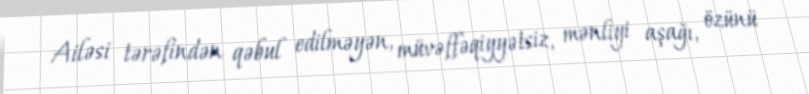
Ailəsi tərəfindən qəbul edilməyən, müvəffəqiyyətsiz, mənliyi aşağı, özünü